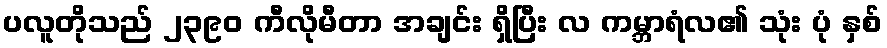
ပလူတိုသည် ၂၃၉၀ ကီလိုမီတာ အချင်း ရှိပြီး လ ကမ္ဘာရံလ၏ သုံး ပုံ နှစ်